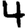
Digit: 4